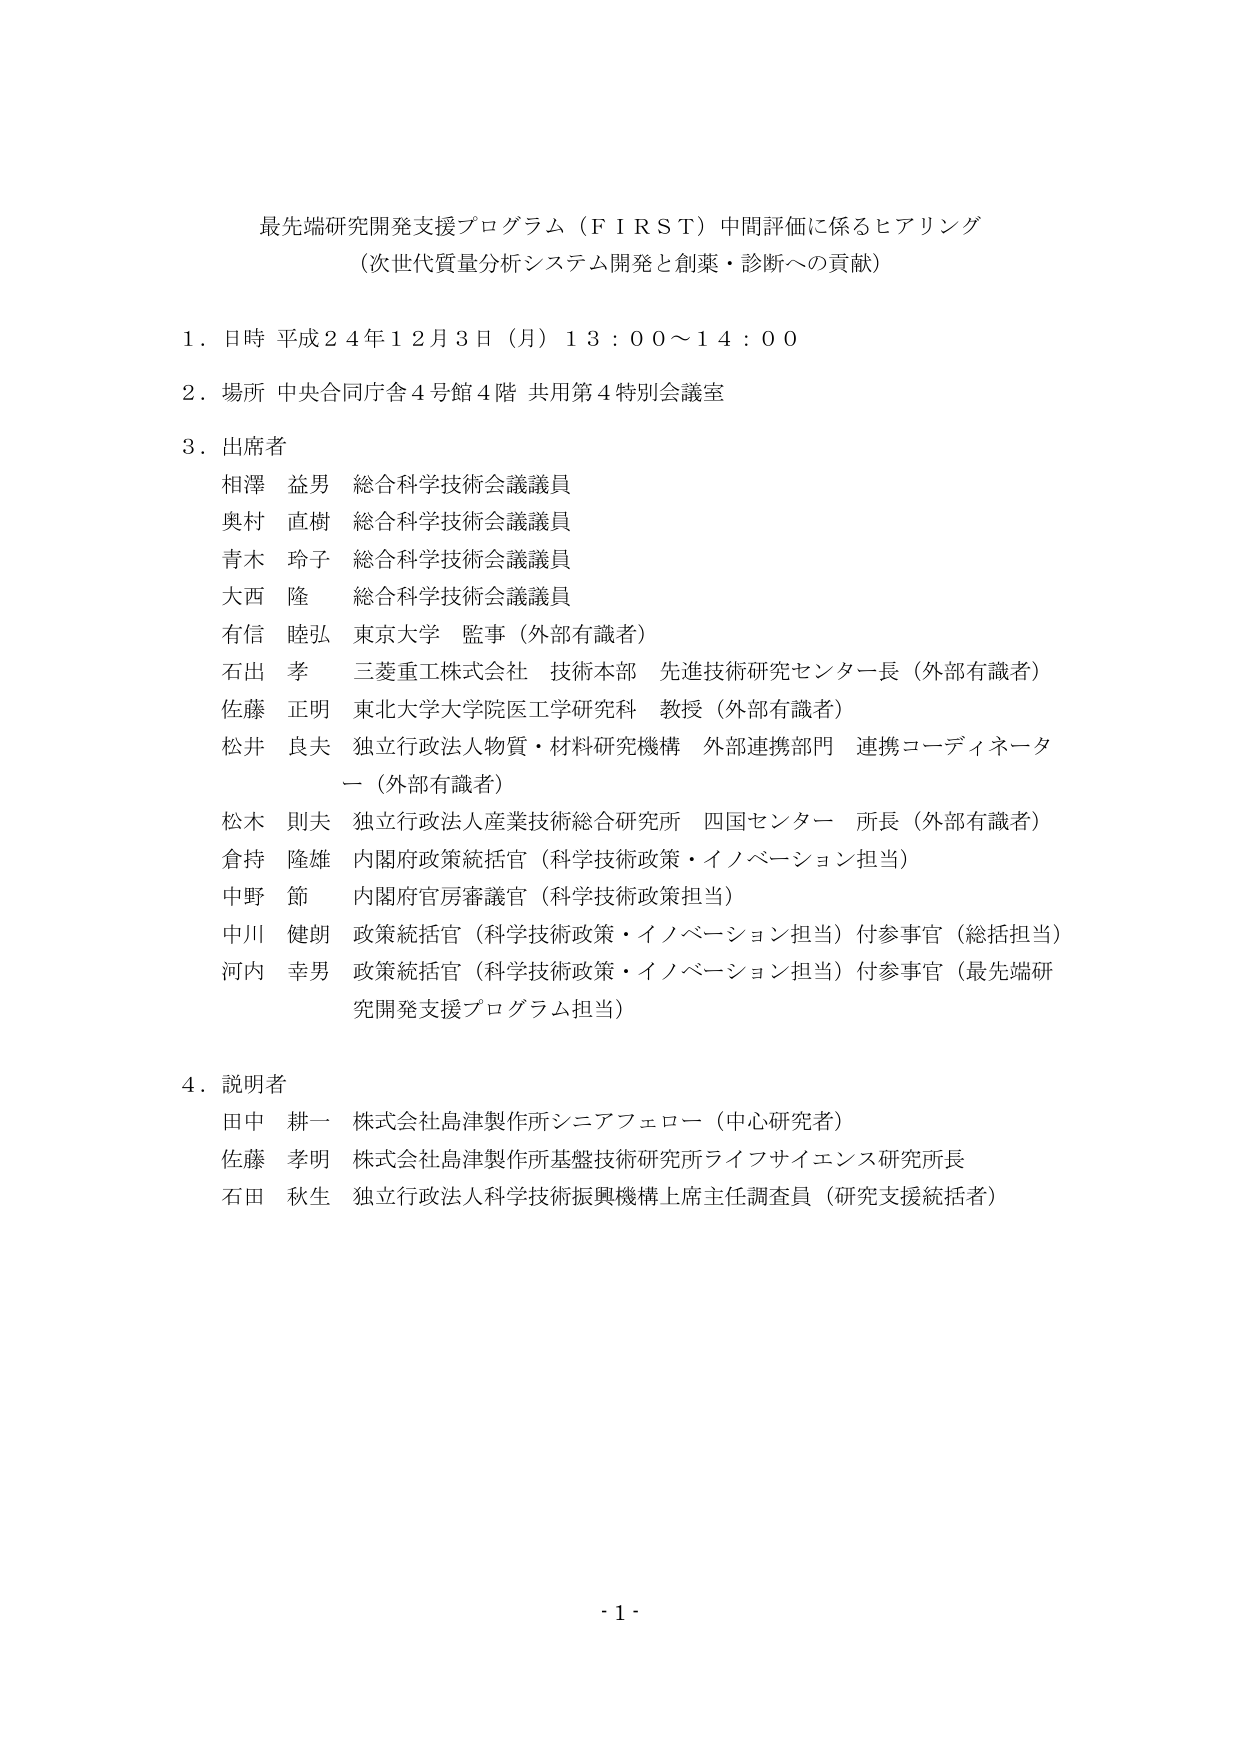
最先端研究開発支援プログラム（ＦＩＲＳＴ）中間評価に係るヒアリング
（次世代質量分析システム開発と創薬・診断への貢献）

１．日時 平成２４年１２月３日（月）１３：００～１４：００

２．場所 中央合同庁舎４号館４階 共用第４特別会議室

３．出席者
相澤 益男 総合科学技術会議議員
奥村 直樹 総合科学技術会議議員
青木 玲子 総合科学技術会議議員
大西 隆 総合科学技術会議議員
有信 睦弘 東京大学 監事（外部有識者）
石出 孝 三菱重工株式会社 技術本部 先進技術研究センター長（外部有識者）
佐藤 正明 東北大学大学院医工学研究科 教授（外部有識者）
松井 良夫 独立行政法人物質・材料研究機構 外部連携部門 連携コーディネーター（外部有識者）
松木 則夫 独立行政法人産業技術総合研究所 四国センター 所長（外部有識者）
倉持 隆雄 内閣府政策統括官（科学技術政策・イノベーション担当）
中野 節 内閣府官房審議官（科学技術政策担当）
中川 健朗 政策統括官（科学技術政策・イノベーション担当）付参事官（総括担当）
河内 幸男 政策統括官（科学技術政策・イノベーション担当）付参事官（最先端研究開発支援プログラム担当）

４．説明者
田中 耕一 株式会社島津製作所シニアフェロー（中心研究者）
佐藤 孝明 株式会社島津製作所基盤技術研究所ライフサイエンス研究所長
石田 秋生 独立行政法人科学技術振興機構上席主任調査員（研究支援統括者）

- 1 -